Indian journal of veterinary science and animal husbandry - Volume 1,
Year: 1931
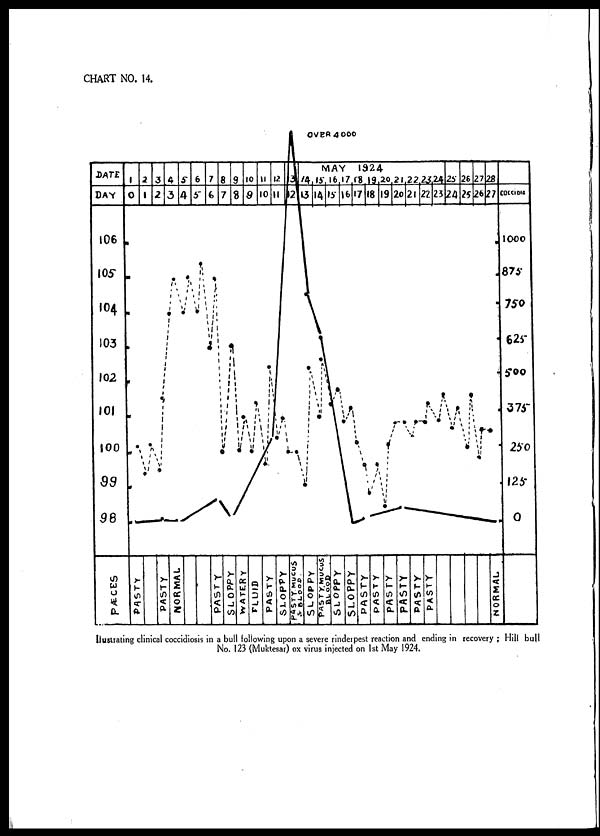
Ilustrating clinical coccidiosis in a bull following upon a severe rinderpest reaction and ending in recovery ; Hill bull
No. 123 (Muktesar) ox virus injected on 1st May 1924.